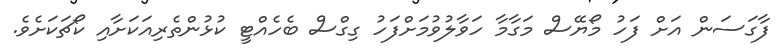
ފާގަސަން އަށް ފަހު މޯޔޭސް މަގާމާ ހަވާލުވުމަށްފަހު ގިގްސް ބެހެއްޓީ ކުޅުންތެރިއަކަށާއި ކޯޗަކަށެވެ.